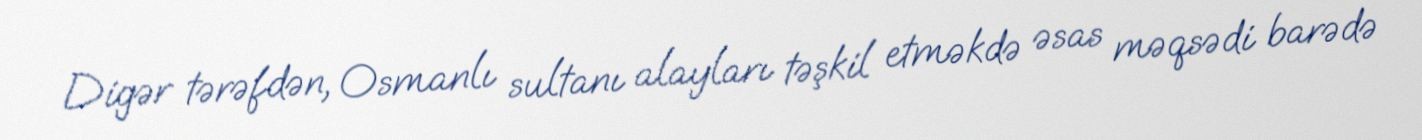
Digər tərəfdən, Osmanlı sultanı alayları təşkil etməkdə əsas məqsədi barədə